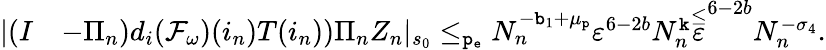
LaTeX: \begin{array}{rl}{|(I}&{-\Pi_{n})d_{i}(\mathcal{F}_{\omega})(i_{n})T(i_{n}))\Pi_{n}Z_{n}|_{s_{0}}\le_{\mathtt{p_{e}}}N_{n}^{-\mathtt{b}_{1}+\mu_{\mathtt{p}}}\varepsilon^{6-2b}N_{n}^{\mathtt{k}}\overset\le\varepsilon^{6-2b}N_{n}^{-\sigma_{4}}.}\end{array}